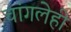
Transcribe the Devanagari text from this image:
चांगलेही